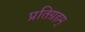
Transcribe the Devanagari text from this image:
प्रतिग्रहम्